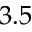
3 . 5